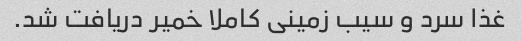
غذا سرد و سیب زمینی کاملا خمیر دریافت شد.